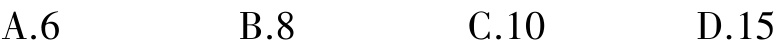
A.6

B.8

C.10

D.15